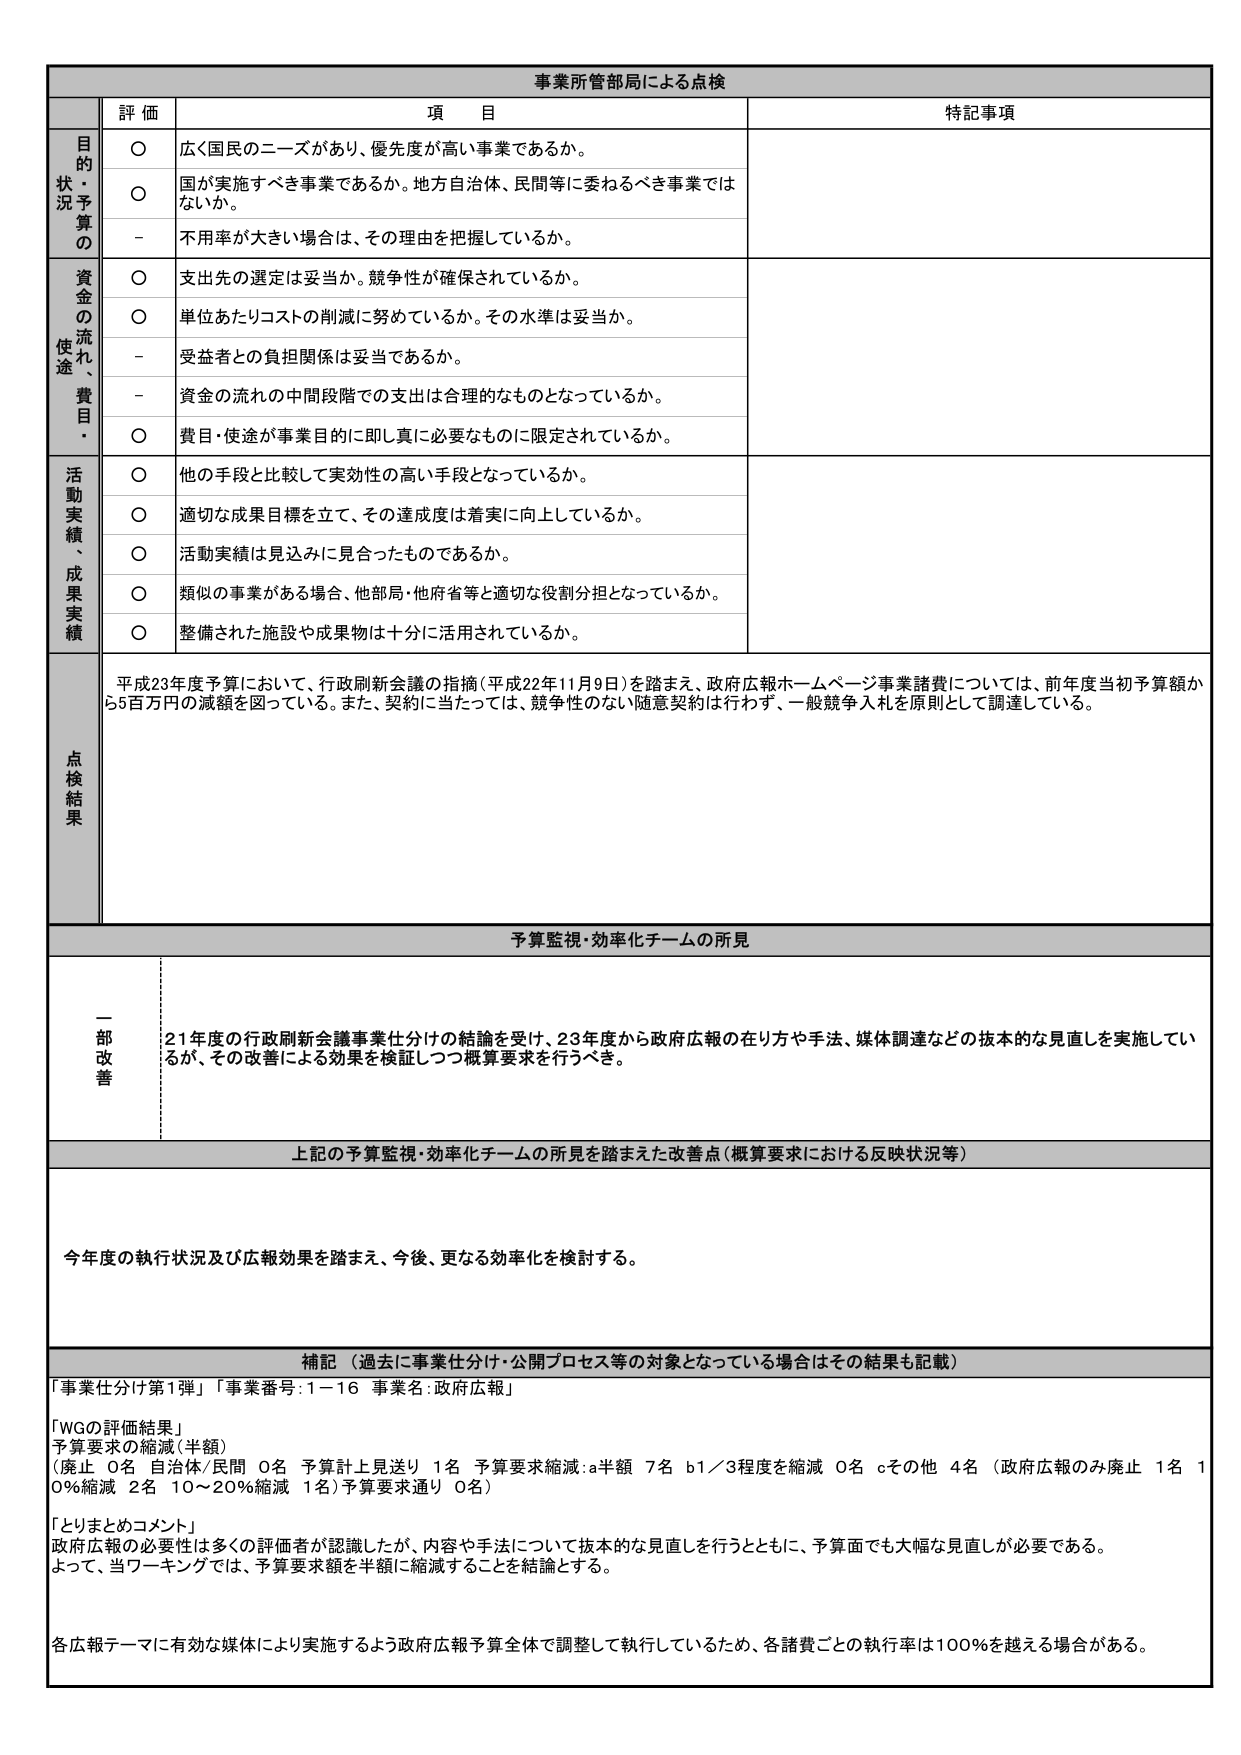
事業所管部局による点検

評価 項目 特記事項

目的・状況予算の
○ 広く国民のニーズがあり、優先度が高い事業であるか。
○ 国が実施すべき事業であるか。地方自治体、民間等に委ねるべき事業ではないか。
－ 不用率が大きい場合は、その理由を把握しているか。

資金の流れ、使途・費目・
○ 支出先の選定は妥当か。競争性が確保されているか。
○ 単位あたりコストの削減に努めているか。その水準は妥当か。
－ 受益者との負担関係は妥当であるか。
－ 資金の流れの中間段階での支出は合理的なものとなっているか。
○ 費目・使途が事業目的に即し真に必要なものに限定されているか。

活動実績、成果実績
○ 他の手段と比較して実効性の高い手段となっているか。
○ 適切な成果目標を立て、その達成度は着実に向上しているか。
○ 活動実績は見込みに見合ったものであるか。
○ 類似の事業がある場合、他部局・他府省等と適切な役割分担となっているか。
○ 整備された施設や成果物は十分に活用されているか。

点検結果
平成23年度予算において、行政刷新会議の指摘（平成22年11月9日）を踏まえ、政府広報ホームページ事業諸費については、前年度当初予算額から5百万円の減額を図っている。また、契約に当たっては、競争性のない随意契約は行わず、一般競争入札を原則として調達している。

予算監視・効率化チームの所見

一部改善
21年度の行政刷新会議事業仕分けの結論を受け、23年度から政府広報の在り方や手法、媒体調達などの抜本的な見直しを実施しているが、その改善による効果を検証しつつ概算要求を行うべき。

上記の予算監視・効率化チームの所見を踏まえた改善点（概算要求における反映状況等）

今年度の執行状況及び広報効果を踏まえ、今後、更なる効率化を検討する。

補記（過去に事業仕分け・公開プロセス等の対象となっている場合はその結果も記載）

「事業仕分け第1弾」「事業番号：1－16 事業名：政府広報」

「WGの評価結果」
予算要求の縮減（半額）
（廃止 0名 自治体/民間 0名 予算計上見送り 1名 予算要求縮減：a半額 7名 b1／3程度を縮減 0名 cその他 4名 （政府広報のみ廃止 1名 10％縮減 2名 10～20％縮減 1名）予算要求通り 0名）

「とりまとめコメント」
政府広報の必要性は多くの評価者が認識したが、内容や手法について抜本的な見直しを行うとともに、予算面でも大幅な見直しが必要である。よって、当ワーキングでは、予算要求額を半額に縮減することを結論とする。

各広報テーマに有効な媒体により実施するよう政府広報予算全体で調整して執行しているため、各諸費ごとの執行率は100％を越える場合がある。